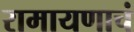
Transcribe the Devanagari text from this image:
रामायणाचं